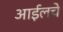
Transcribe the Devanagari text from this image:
आईलचे